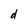
Character: d